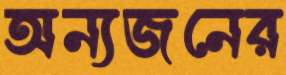
অন্যজনের